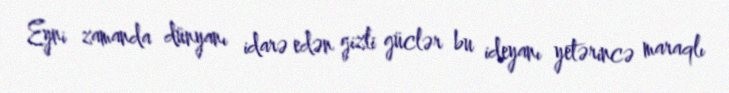
Eyni zamanda dünyanı idarə edən gizli güclər bu ideyanı yetərincə maraqlı